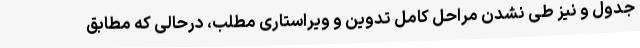
جدول و نیز طی نشدن مراحل کامل تدوین و ویراستاری مطلب، درحالی که مطابق